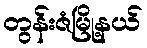
တွန်းဇံမြို့နယ်